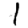
Digit: 1